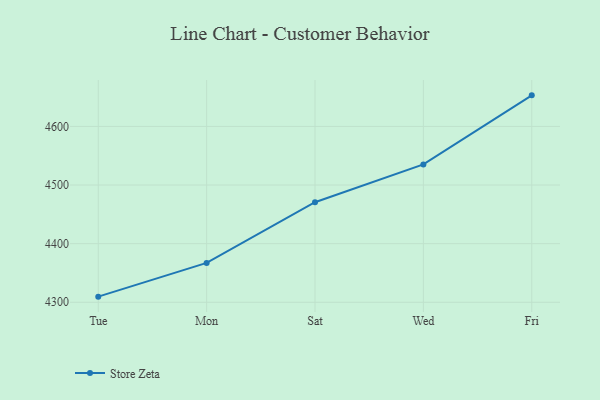
{"axis": {"x": "Day", "y": "Latency (ms)"}, "legend": ["Store Zeta"], "data": [{"x": "Tue", "y": 4309.6, "type": "Store Zeta"}, {"x": "Mon", "y": 4367.2, "type": "Store Zeta"}, {"x": "Sat", "y": 4470.7, "type": "Store Zeta"}, {"x": "Wed", "y": 4535.2, "type": "Store Zeta"}, {"x": "Fri", "y": 4653.0, "type": "Store Zeta"}]}